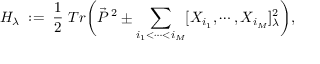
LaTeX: H _ { \lambda } \; : = \; \frac 1 2 \; T r \biggl ( \vec { P } ^ { \; 2 } \pm \sum _ { i _ { 1 } < \cdots < i _ { M } } [ X _ { i _ { 1 } } , \cdots , X _ { i _ { M } } ] _ { \lambda } ^ { 2 } \biggr ) ,